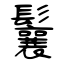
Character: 鬤